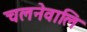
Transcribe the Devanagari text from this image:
चलनेवालि